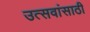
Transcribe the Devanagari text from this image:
उत्सवांसाठी